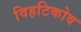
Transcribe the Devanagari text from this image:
विहटिकोव